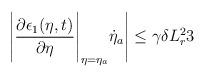
LaTeX: \begin{align*}\Bigg|\dfrac{\partial \epsilon_1(\eta,t)}{\partial \eta}\Bigg|_{\eta = \eta_a}\dot{\eta}_a \Bigg| \le \gamma \delta L_r^2 3\end{align*}